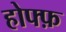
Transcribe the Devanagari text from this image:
होफ्फ़